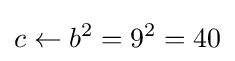
c\leftarrow b^{2}=9^{2}=40